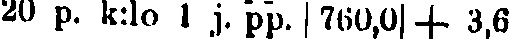
20 p. k:lo l j. pp. 760,0 + 3,6